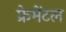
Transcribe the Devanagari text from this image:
फ्रेमेंटल